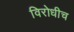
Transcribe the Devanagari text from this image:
विरोधीच